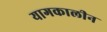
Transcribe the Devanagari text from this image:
यागकालीन